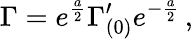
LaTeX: \Gamma=e^{\frac{a}{2}}\Gamma_{(0)}^{\prime}e^{-{\frac{a}{2}}}\, ,